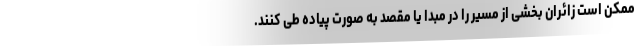
ممکن است زائران بخشی از مسیر را در مبدا یا مقصد به صورت پیاده طی کنند.